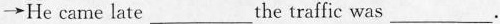
\rightarrow He came late___the traffic was___.